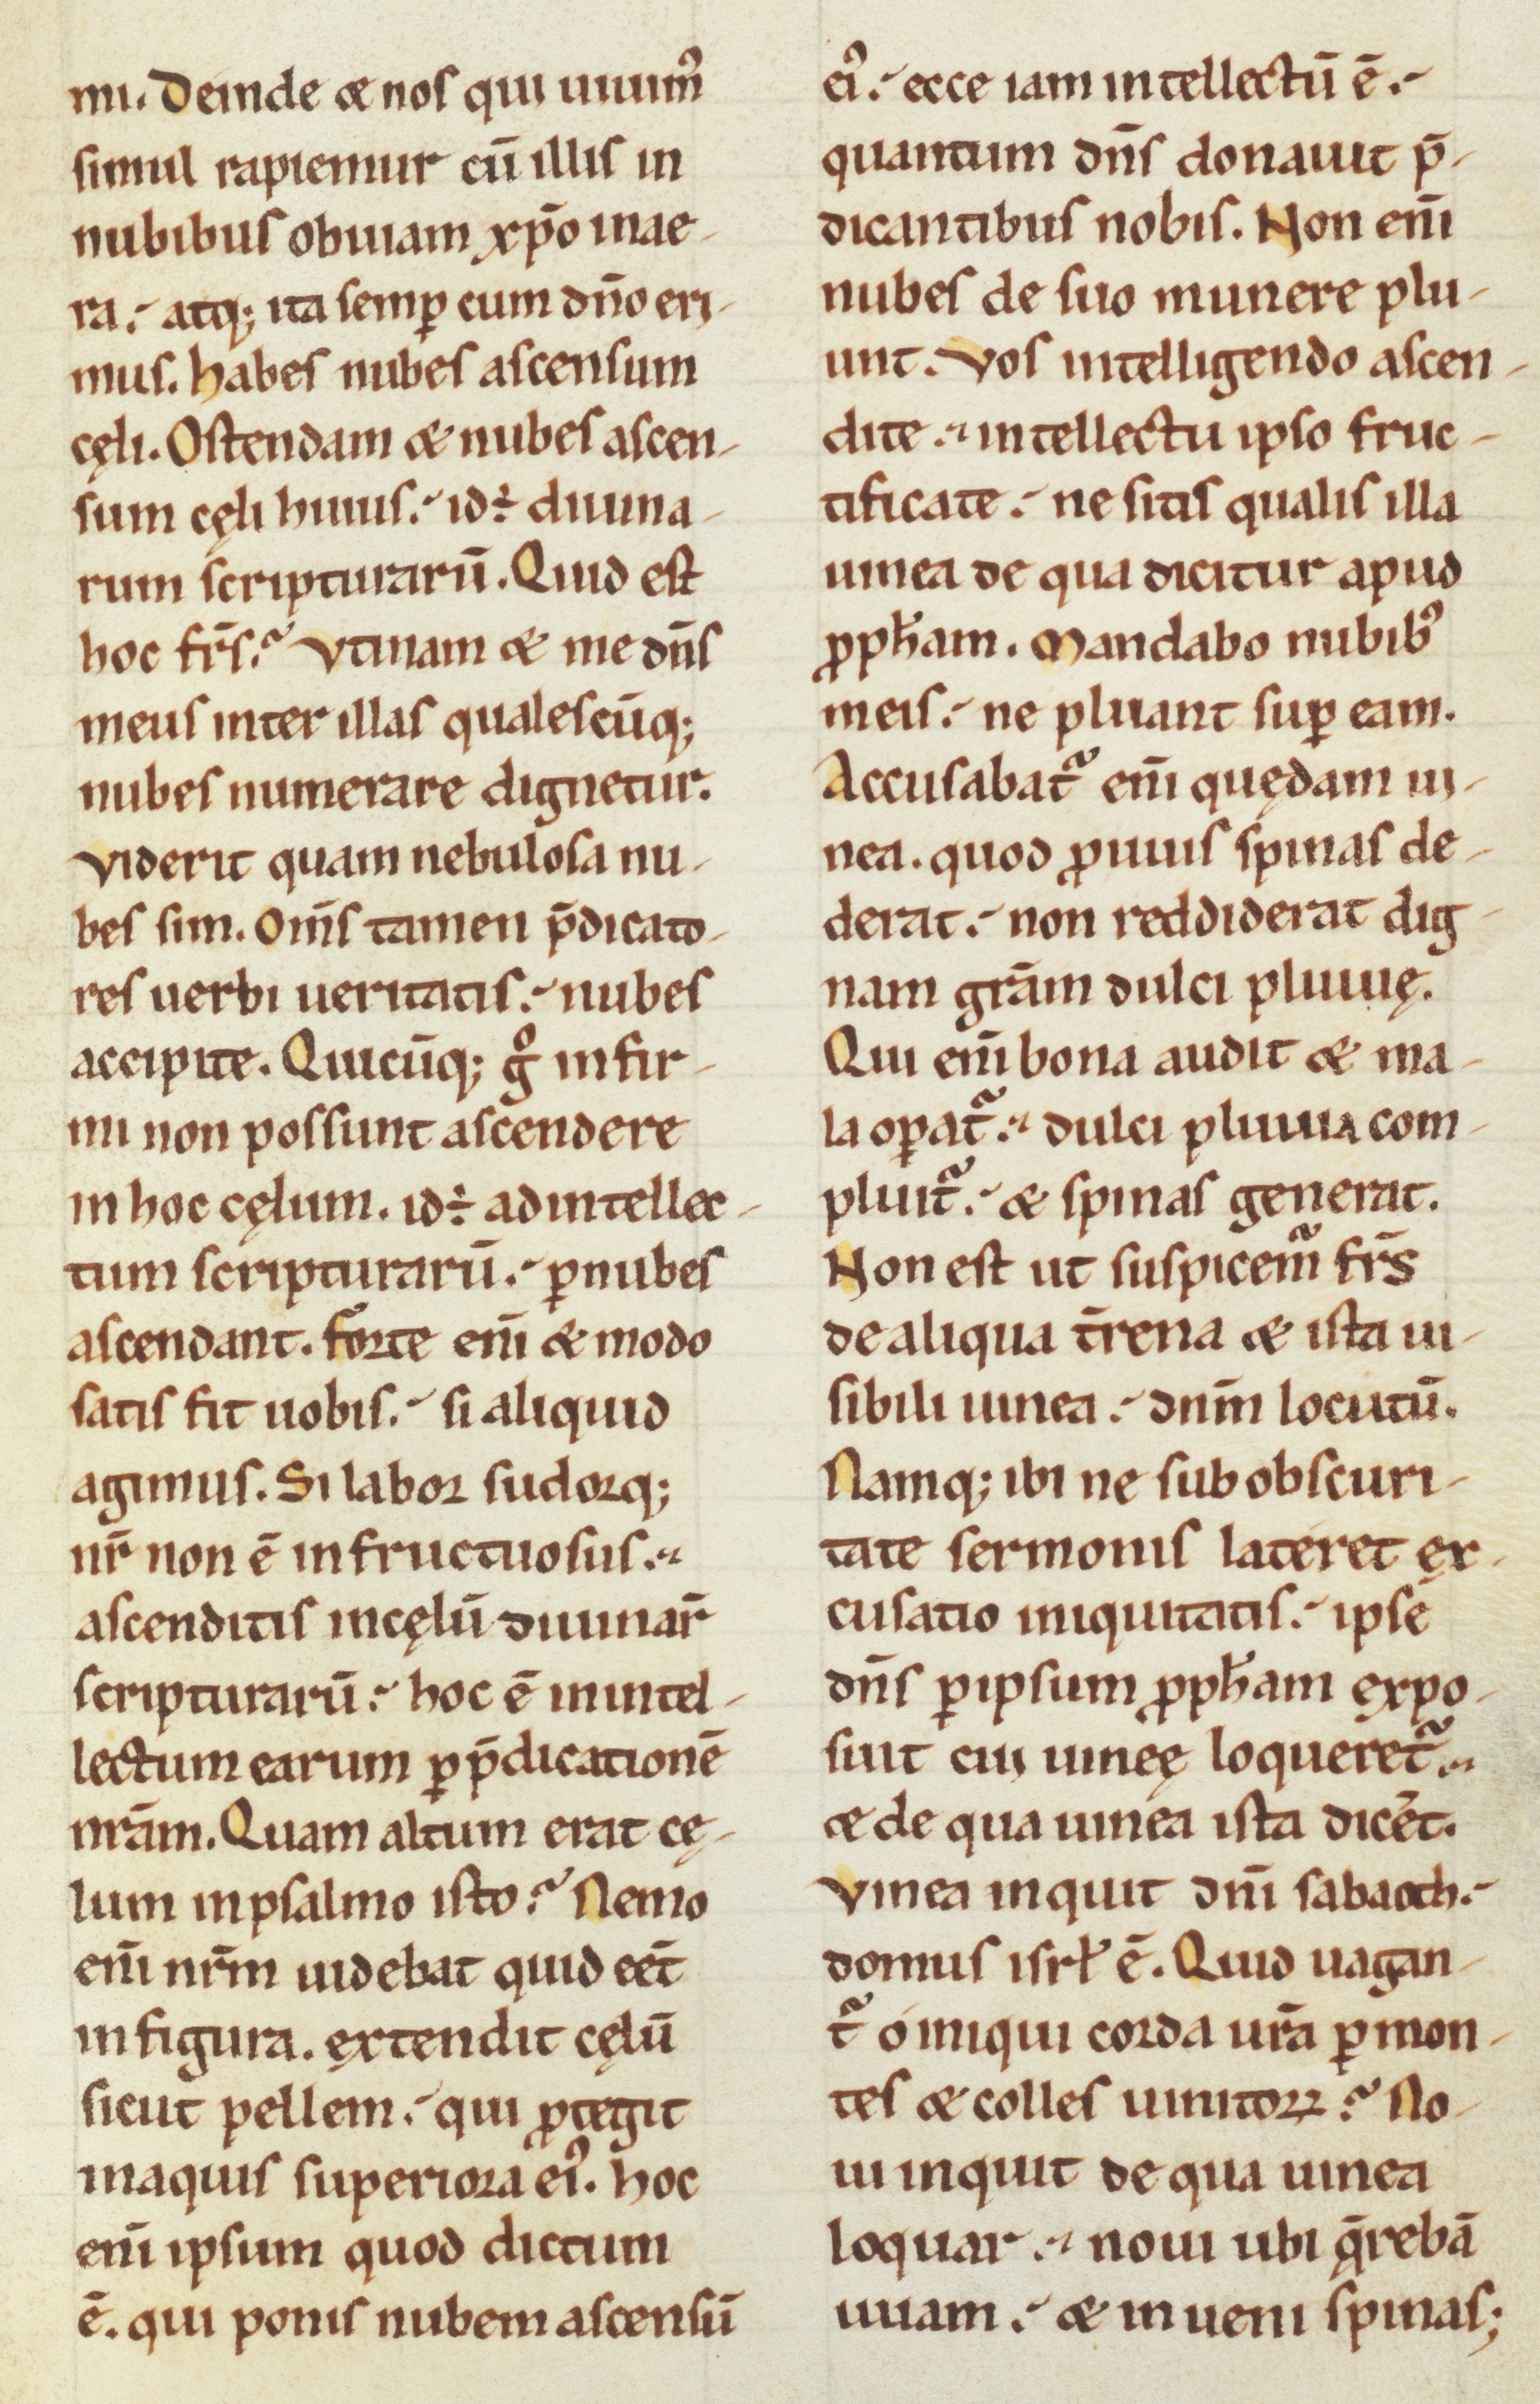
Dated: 1100–1199